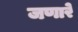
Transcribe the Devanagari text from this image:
जणारे